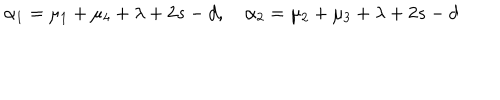
\alpha _ { 1 } = \mu _ { 1 } + \mu _ { 4 } + \lambda + 2 s - d , \quad \alpha _ { 2 } = \mu _ { 2 } + \mu _ { 3 } + \lambda + 2 s - d